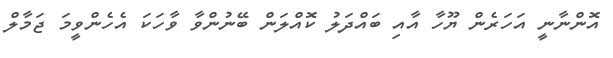
އޮންނާނީ އަހަރެން ޔޫހާ އާއި ބައްދަލު ކޮއްލަން ބޭނުންވާ ވާހަކަ އެހެންވީމަ ޖަމާލް